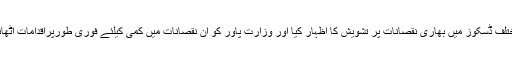
وزیراعظم نے مختلف ڈسکوز میں بھاری نقصانات پر تشویش کا اظہار کیا اور وزارت پاور کو ان نقصانات میں کمی کیلئے فوری طورپراقدامات اٹھانے کی ہدایت کی۔